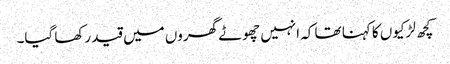
کچھ لڑکیوں کا کہنا تھا کہ انہیں چھوٹے گھروں میں قید رکھا گیا۔